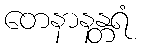
တေနာနန္တရံ